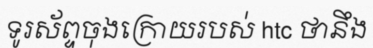
ទូរស័ព្ទចុងក្រោយរបស់ htc ថានឹង